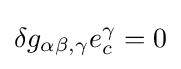
\delta g_{\alpha \beta ,\gamma }e_{c}^{\gamma }=0